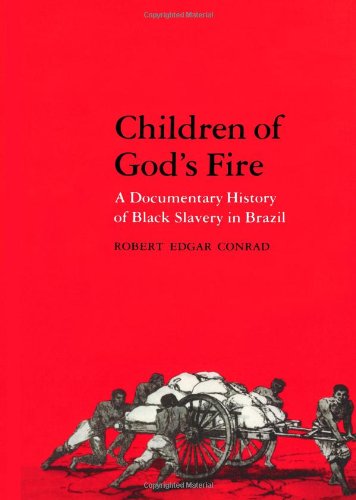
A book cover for Children of God's Fire: A Documentary History of Black Slavery in Brazil; History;